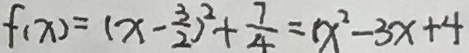
f ( x ) = ( x - \frac { 3 } { 3 } ) ^ { 2 } + \frac { 7 } { 4 } = ( x ^ { 2 } - 3 x + 4